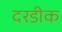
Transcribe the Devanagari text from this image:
दरडीक